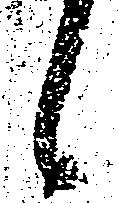
候